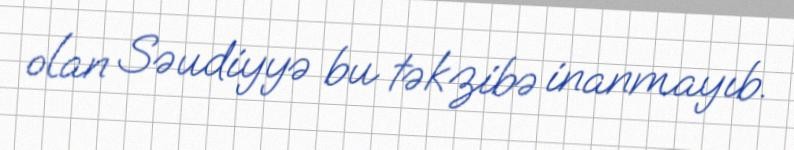
olan Səudiyyə bu təkzibə inanmayıb.